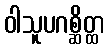
ဝါသူပဂစ္ဆိတ္ထ